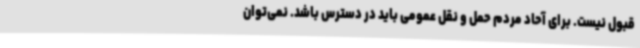
قبول نیست. برای آحاد مردم حمل و نقل عمومی باید در دسترس باشد. نمی‌توان